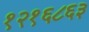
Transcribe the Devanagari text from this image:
१२१६८६३